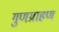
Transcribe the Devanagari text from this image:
गुणग्राहण